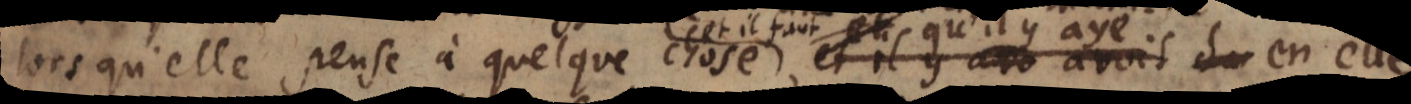
ors qu’elle pense à quelque chose, et il y avoit et il